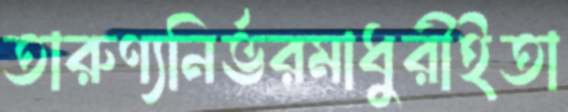
তারুণ্যনির্ভরমাধুরীইতা